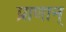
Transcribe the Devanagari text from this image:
प्राणान्